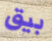
بيق